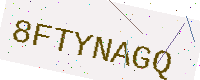
Text: 8FTYNAGQ